Tezpur Lunatic Asylum reports 1877-1894 - 1877-1894
Year: 1877
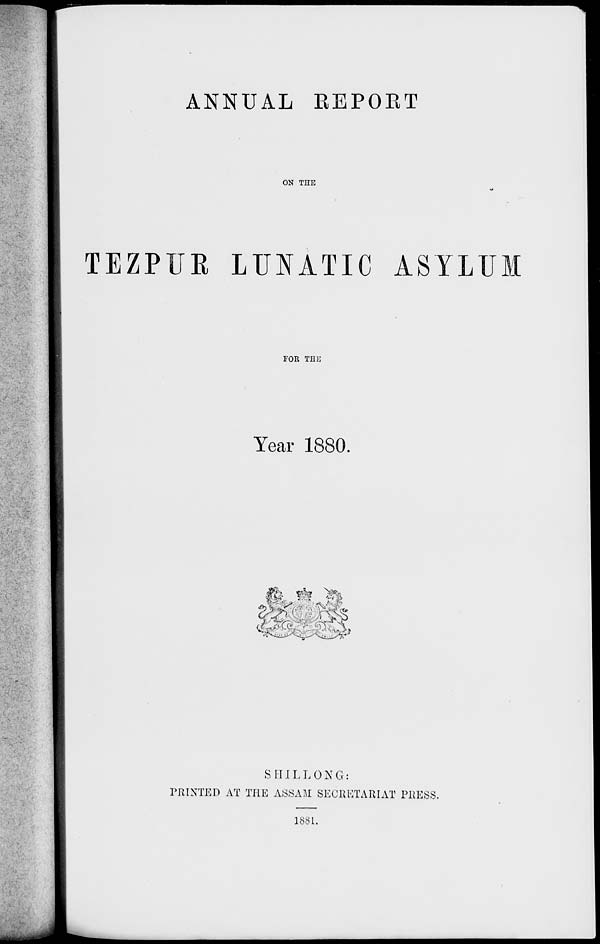
ANNUAL REPORT
ON THE
TEZPUE LUNATIC ASYLUM
FOR THH
Year 1880.
P&. $% ">&»
_. * l'l IS ■ ^v' v;) } y.. fc^»
SHILLONG:
PRINTED AT THE ASSAM SECRETARIAT PRESS.
1881.